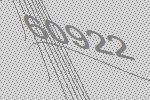
60922